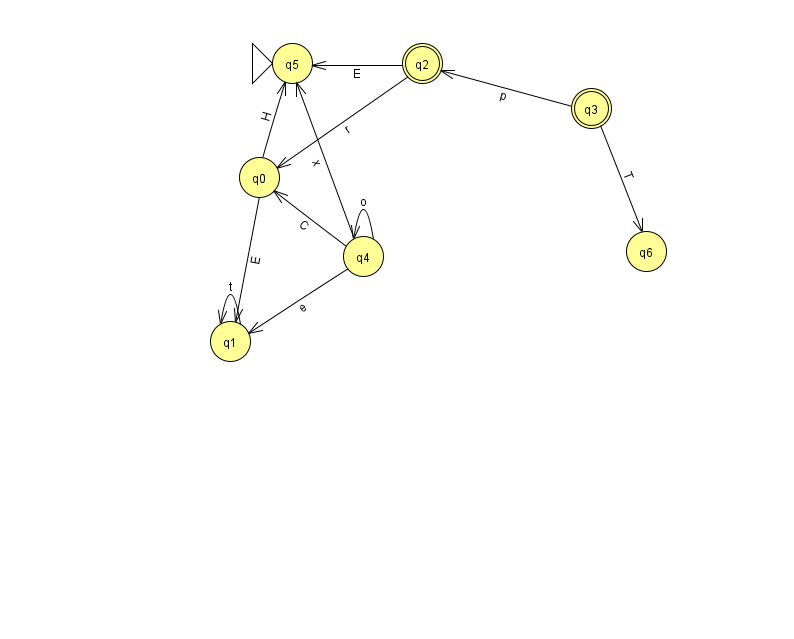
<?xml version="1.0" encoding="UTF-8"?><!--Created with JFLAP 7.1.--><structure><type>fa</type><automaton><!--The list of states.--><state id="0" name="q0"><x>259.0</x><y>164.0</y></state><state id="1" name="q1"><x>230.0</x><y>328.0</y></state><state id="2" name="q2"><x>422.0</x><y>50.0</y><final/></state><state id="3" name="q3"><x>591.0</x><y>95.0</y><final/></state><state id="4" name="q4"><x>363.0</x><y>243.0</y></state><state id="5" name="q5"><x>292.0</x><y>50.0</y><initial/></state><state id="6" name="q6"><x>646.0</x><y>238.0</y></state><!--The list of transitions.--><transition><from>4</from><to>1</to><read>e</read></transition><transition><from>0</from><to>5</to><read>H</read></transition><transition><from>1</from><to>1</to><read>t</read></transition><transition><from>2</from><to>0</to><read>r</read></transition><transition><from>3</from><to>2</to><read>p</read></transition><transition><from>4</from><to>5</to><read>x</read></transition><transition><from>0</from><to>1</to><read>E</read></transition><transition><from>4</from><to>0</to><read>C</read></transition><transition><from>3</from><to>6</to><read>T</read></transition><transition><from>2</from><to>5</to><read>E</read></transition><transition><from>4</from><to>4</to><read>o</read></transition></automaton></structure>